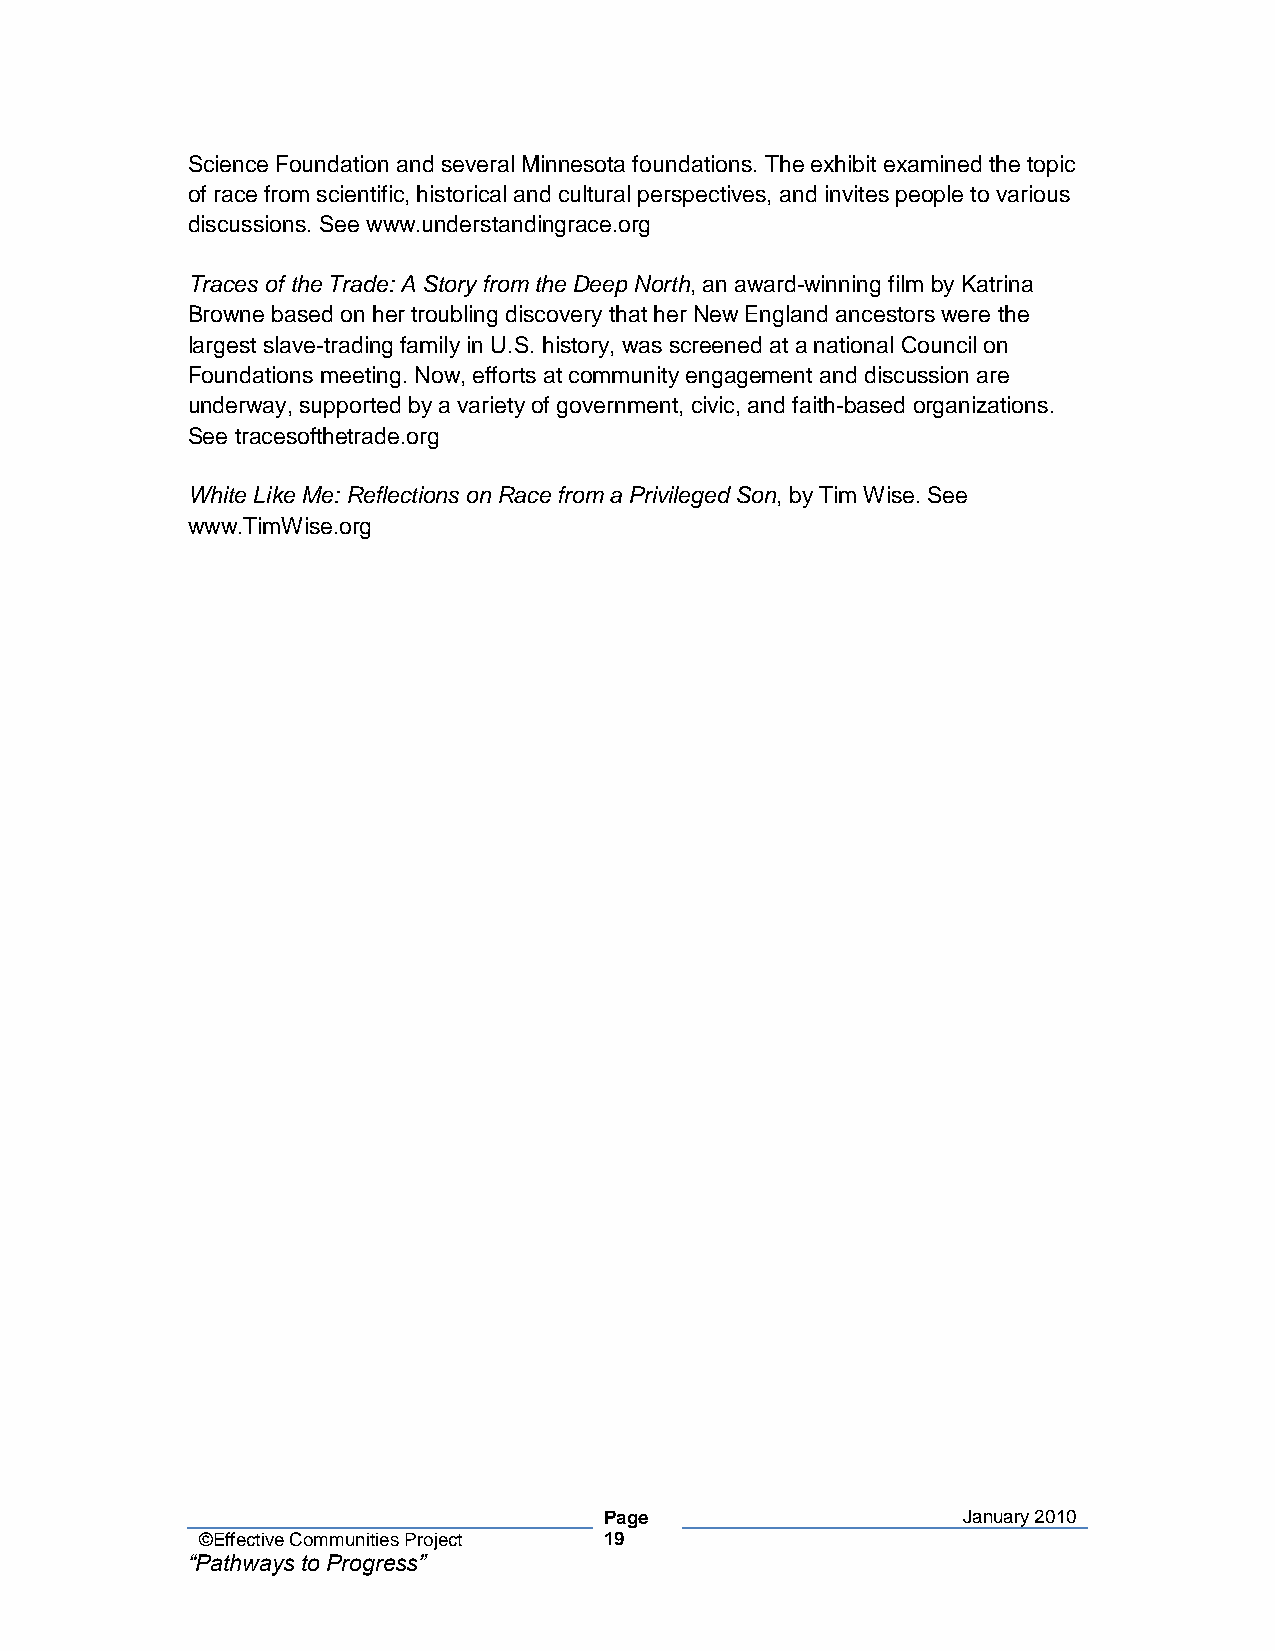
Science Foundation and several Minnesota foundations. The exhibit examined the topic
 of race from scientific, historical and cultural perspectives, and invites people to various
 discussions. See www.understandingrace.org
 Traces of the Trade: A Story from the Deep North, an award-winning film by Katrina
 Browne based on her troubling discovery that her New England ancestors were the
 largest slave-trading family in U.S. history, was screened at a national Council on
 Foundations meeting. Now, efforts at community engagement and discussion are
 underway, supported by a variety of government, civic, and faith-based organizations.
 See tracesofthetrade.org
 White Like Me: Reflections on Race from a Privileged Son, by Tim Wise. See
 www.TimWise.org
 Page                    January 2010
 ©Effective Communities Project 19
 “Pathways to Progress”